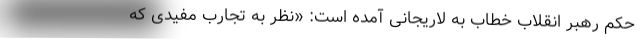
حکم رهبر انقلاب خطاب به لاریجانی آمده است: «نظر به تجارب مفیدی که